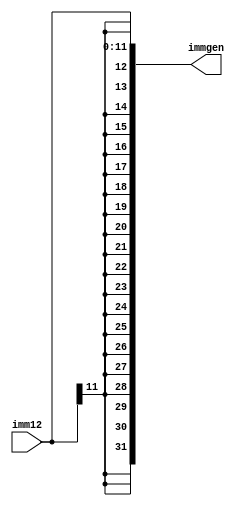
module immgen(
    input [11:0] imm12,
    output [31:0] immgen
);

    assign immgen = $signed(imm12);

endmodule